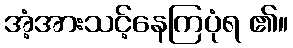
အံ့အားသင့်နေကြပုံရ ၏။